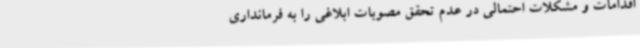
اقدامات و مشکلات احتمالی در عدم تحقق مصوبات ابلاغی را به فرمانداری